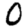
Digit: 0